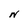
Character: N